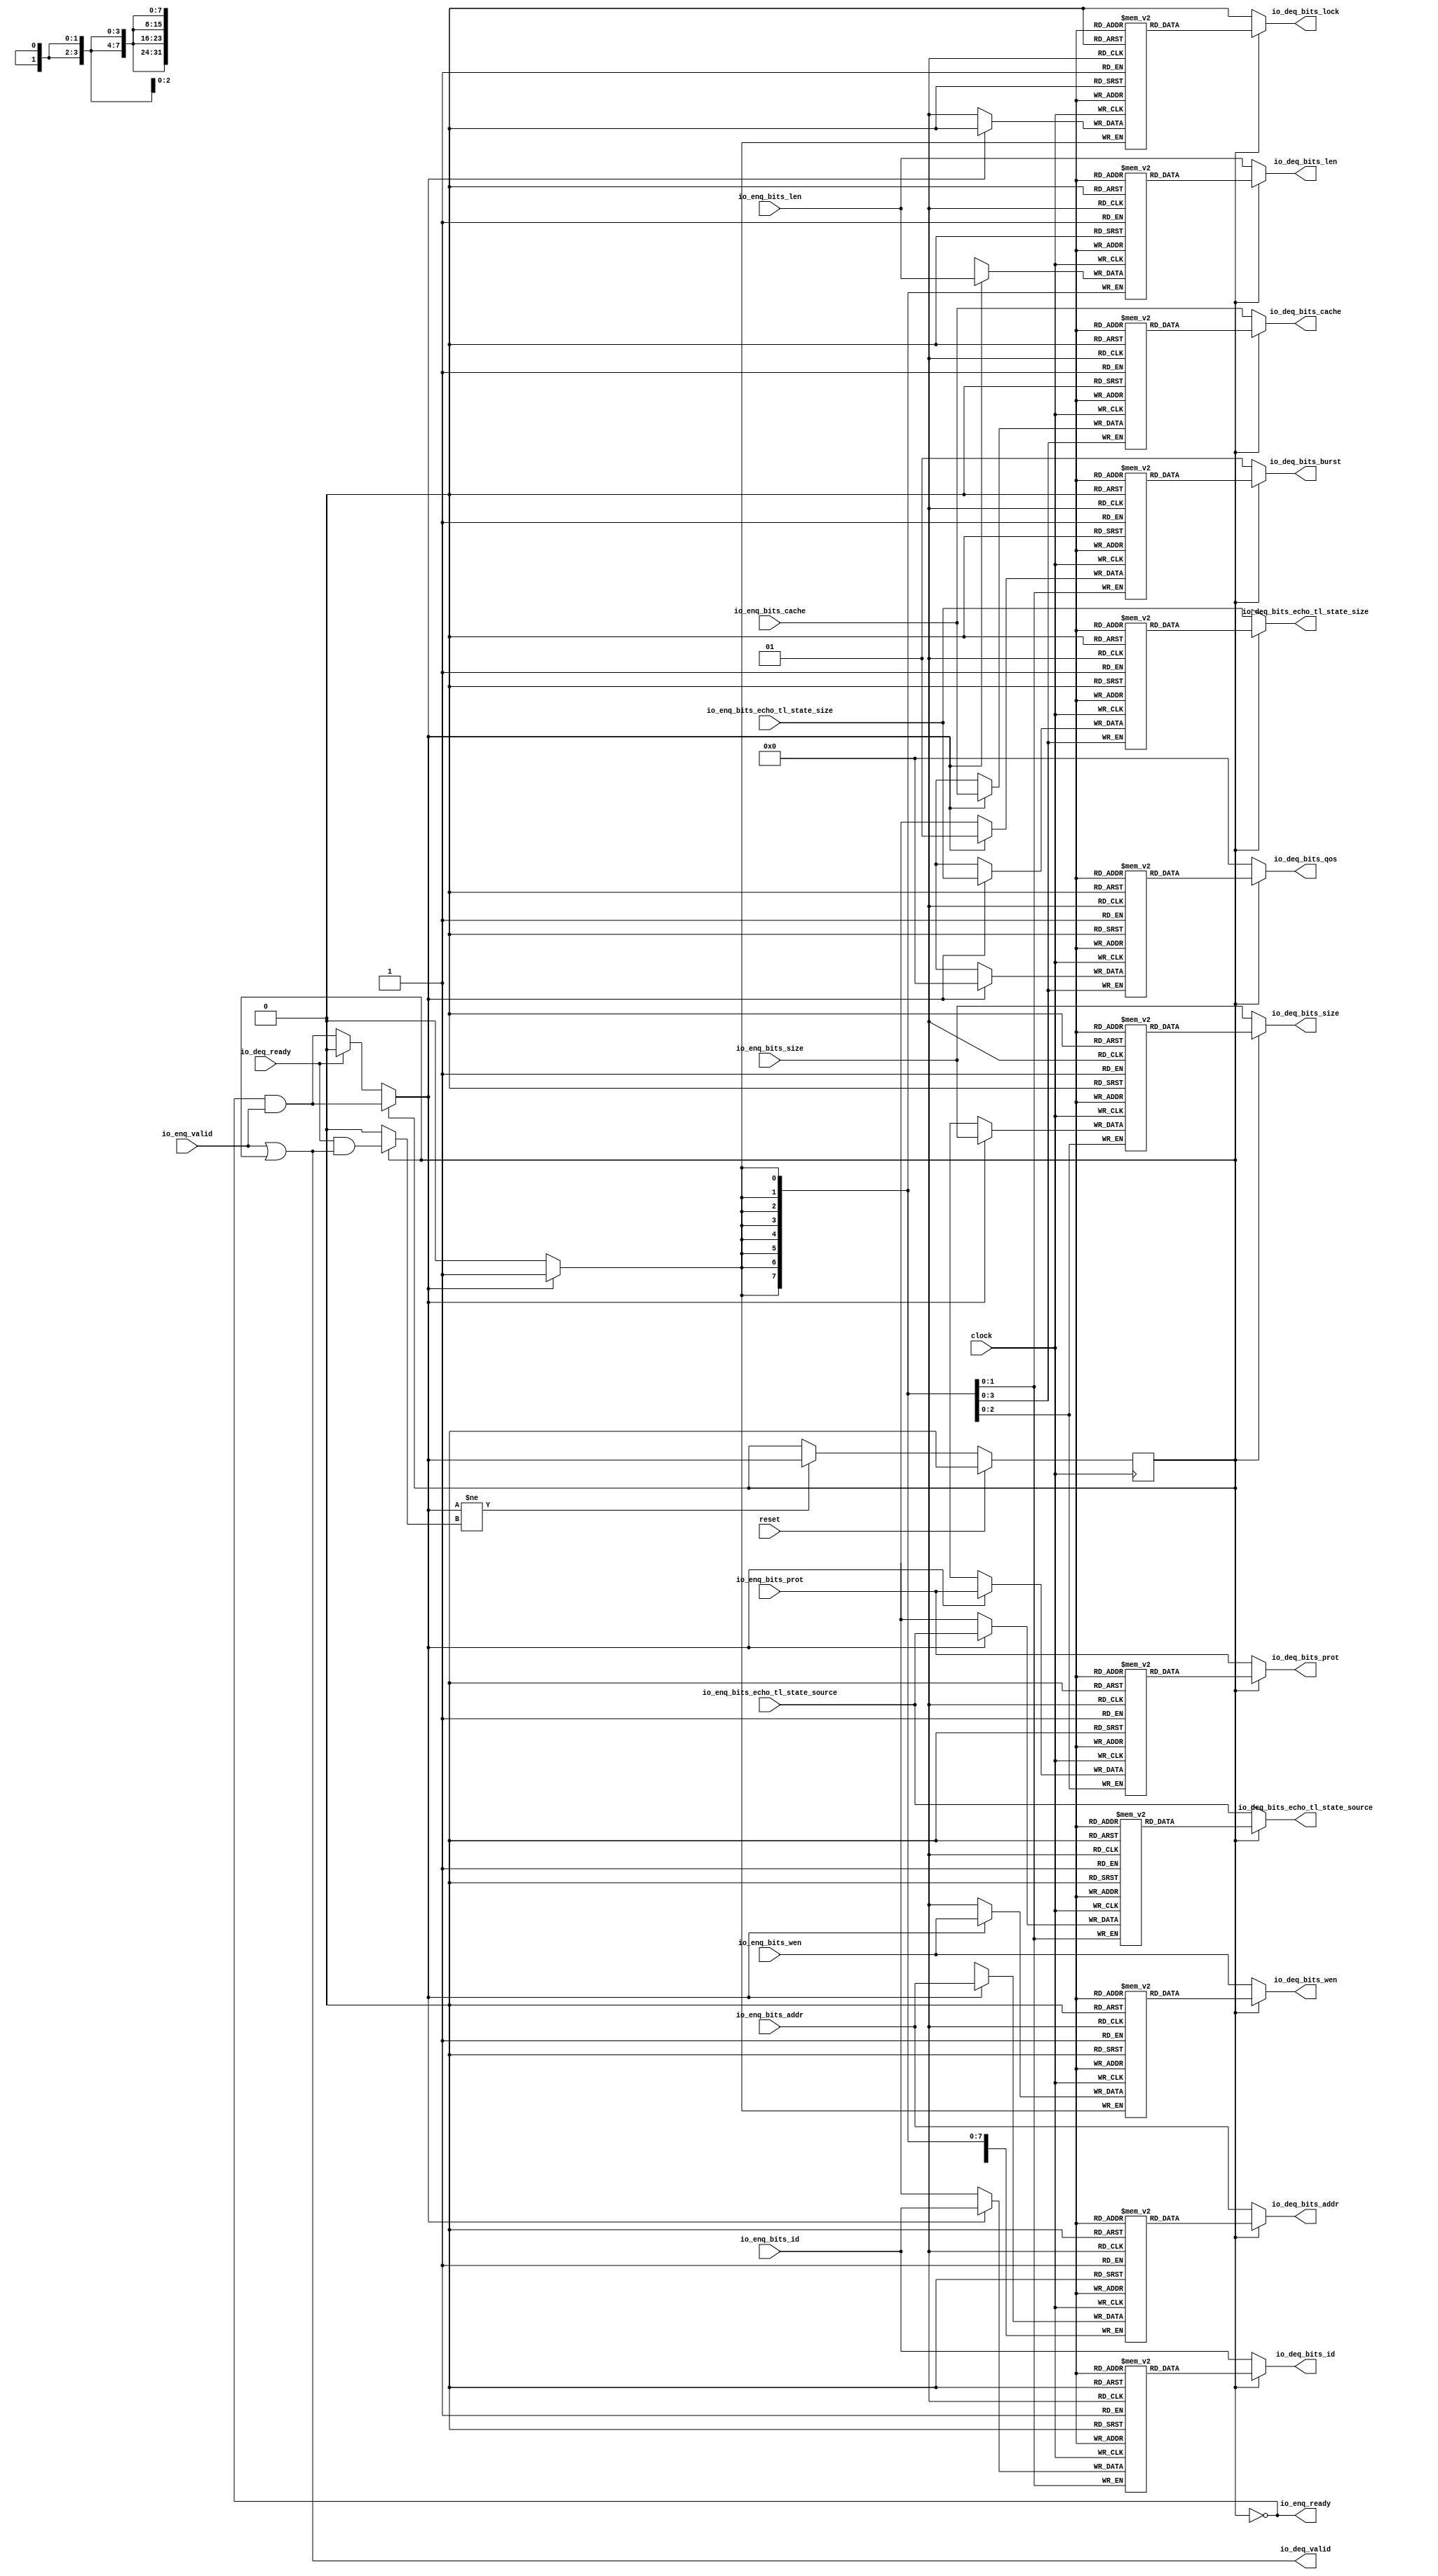
module Queue_27( // @[:freechips.rocketchip.system.DefaultRV32Config.fir@73951.2]
  input         clock, // @[:freechips.rocketchip.system.DefaultRV32Config.fir@73952.4]
  input         reset, // @[:freechips.rocketchip.system.DefaultRV32Config.fir@73953.4]
  output        io_enq_ready, // @[:freechips.rocketchip.system.DefaultRV32Config.fir@73954.4]
  input         io_enq_valid, // @[:freechips.rocketchip.system.DefaultRV32Config.fir@73954.4]
  input  [1:0]  io_enq_bits_id, // @[:freechips.rocketchip.system.DefaultRV32Config.fir@73954.4]
  input  [31:0] io_enq_bits_addr, // @[:freechips.rocketchip.system.DefaultRV32Config.fir@73954.4]
  input  [7:0]  io_enq_bits_len, // @[:freechips.rocketchip.system.DefaultRV32Config.fir@73954.4]
  input  [2:0]  io_enq_bits_size, // @[:freechips.rocketchip.system.DefaultRV32Config.fir@73954.4]
  input  [3:0]  io_enq_bits_cache, // @[:freechips.rocketchip.system.DefaultRV32Config.fir@73954.4]
  input  [2:0]  io_enq_bits_prot, // @[:freechips.rocketchip.system.DefaultRV32Config.fir@73954.4]
  input  [3:0]  io_enq_bits_echo_tl_state_size, // @[:freechips.rocketchip.system.DefaultRV32Config.fir@73954.4]
  input  [1:0]  io_enq_bits_echo_tl_state_source, // @[:freechips.rocketchip.system.DefaultRV32Config.fir@73954.4]
  input         io_enq_bits_wen, // @[:freechips.rocketchip.system.DefaultRV32Config.fir@73954.4]
  input         io_deq_ready, // @[:freechips.rocketchip.system.DefaultRV32Config.fir@73954.4]
  output        io_deq_valid, // @[:freechips.rocketchip.system.DefaultRV32Config.fir@73954.4]
  output [1:0]  io_deq_bits_id, // @[:freechips.rocketchip.system.DefaultRV32Config.fir@73954.4]
  output [31:0] io_deq_bits_addr, // @[:freechips.rocketchip.system.DefaultRV32Config.fir@73954.4]
  output [7:0]  io_deq_bits_len, // @[:freechips.rocketchip.system.DefaultRV32Config.fir@73954.4]
  output [2:0]  io_deq_bits_size, // @[:freechips.rocketchip.system.DefaultRV32Config.fir@73954.4]
  output [1:0]  io_deq_bits_burst, // @[:freechips.rocketchip.system.DefaultRV32Config.fir@73954.4]
  output        io_deq_bits_lock, // @[:freechips.rocketchip.system.DefaultRV32Config.fir@73954.4]
  output [3:0]  io_deq_bits_cache, // @[:freechips.rocketchip.system.DefaultRV32Config.fir@73954.4]
  output [2:0]  io_deq_bits_prot, // @[:freechips.rocketchip.system.DefaultRV32Config.fir@73954.4]
  output [3:0]  io_deq_bits_qos, // @[:freechips.rocketchip.system.DefaultRV32Config.fir@73954.4]
  output [3:0]  io_deq_bits_echo_tl_state_size, // @[:freechips.rocketchip.system.DefaultRV32Config.fir@73954.4]
  output [1:0]  io_deq_bits_echo_tl_state_source, // @[:freechips.rocketchip.system.DefaultRV32Config.fir@73954.4]
  output        io_deq_bits_wen // @[:freechips.rocketchip.system.DefaultRV32Config.fir@73954.4]
);
`ifdef RANDOMIZE_MEM_INIT
  reg [31:0] _RAND_0;
  reg [31:0] _RAND_1;
  reg [31:0] _RAND_2;
  reg [31:0] _RAND_3;
  reg [31:0] _RAND_4;
  reg [31:0] _RAND_5;
  reg [31:0] _RAND_6;
  reg [31:0] _RAND_7;
  reg [31:0] _RAND_8;
  reg [31:0] _RAND_9;
  reg [31:0] _RAND_10;
  reg [31:0] _RAND_11;
`endif // RANDOMIZE_MEM_INIT
`ifdef RANDOMIZE_REG_INIT
  reg [31:0] _RAND_12;
`endif // RANDOMIZE_REG_INIT
  reg [1:0] ram_id [0:0]; // @[Decoupled.scala 209:16:freechips.rocketchip.system.DefaultRV32Config.fir@73956.4]
  wire [1:0] ram_id__T_7_data; // @[Decoupled.scala 209:16:freechips.rocketchip.system.DefaultRV32Config.fir@73956.4]
  wire  ram_id__T_7_addr; // @[Decoupled.scala 209:16:freechips.rocketchip.system.DefaultRV32Config.fir@73956.4]
  wire [1:0] ram_id__T_3_data; // @[Decoupled.scala 209:16:freechips.rocketchip.system.DefaultRV32Config.fir@73956.4]
  wire  ram_id__T_3_addr; // @[Decoupled.scala 209:16:freechips.rocketchip.system.DefaultRV32Config.fir@73956.4]
  wire  ram_id__T_3_mask; // @[Decoupled.scala 209:16:freechips.rocketchip.system.DefaultRV32Config.fir@73956.4]
  wire  ram_id__T_3_en; // @[Decoupled.scala 209:16:freechips.rocketchip.system.DefaultRV32Config.fir@73956.4]
  reg [31:0] ram_addr [0:0]; // @[Decoupled.scala 209:16:freechips.rocketchip.system.DefaultRV32Config.fir@73956.4]
  wire [31:0] ram_addr__T_7_data; // @[Decoupled.scala 209:16:freechips.rocketchip.system.DefaultRV32Config.fir@73956.4]
  wire  ram_addr__T_7_addr; // @[Decoupled.scala 209:16:freechips.rocketchip.system.DefaultRV32Config.fir@73956.4]
  wire [31:0] ram_addr__T_3_data; // @[Decoupled.scala 209:16:freechips.rocketchip.system.DefaultRV32Config.fir@73956.4]
  wire  ram_addr__T_3_addr; // @[Decoupled.scala 209:16:freechips.rocketchip.system.DefaultRV32Config.fir@73956.4]
  wire  ram_addr__T_3_mask; // @[Decoupled.scala 209:16:freechips.rocketchip.system.DefaultRV32Config.fir@73956.4]
  wire  ram_addr__T_3_en; // @[Decoupled.scala 209:16:freechips.rocketchip.system.DefaultRV32Config.fir@73956.4]
  reg [7:0] ram_len [0:0]; // @[Decoupled.scala 209:16:freechips.rocketchip.system.DefaultRV32Config.fir@73956.4]
  wire [7:0] ram_len__T_7_data; // @[Decoupled.scala 209:16:freechips.rocketchip.system.DefaultRV32Config.fir@73956.4]
  wire  ram_len__T_7_addr; // @[Decoupled.scala 209:16:freechips.rocketchip.system.DefaultRV32Config.fir@73956.4]
  wire [7:0] ram_len__T_3_data; // @[Decoupled.scala 209:16:freechips.rocketchip.system.DefaultRV32Config.fir@73956.4]
  wire  ram_len__T_3_addr; // @[Decoupled.scala 209:16:freechips.rocketchip.system.DefaultRV32Config.fir@73956.4]
  wire  ram_len__T_3_mask; // @[Decoupled.scala 209:16:freechips.rocketchip.system.DefaultRV32Config.fir@73956.4]
  wire  ram_len__T_3_en; // @[Decoupled.scala 209:16:freechips.rocketchip.system.DefaultRV32Config.fir@73956.4]
  reg [2:0] ram_size [0:0]; // @[Decoupled.scala 209:16:freechips.rocketchip.system.DefaultRV32Config.fir@73956.4]
  wire [2:0] ram_size__T_7_data; // @[Decoupled.scala 209:16:freechips.rocketchip.system.DefaultRV32Config.fir@73956.4]
  wire  ram_size__T_7_addr; // @[Decoupled.scala 209:16:freechips.rocketchip.system.DefaultRV32Config.fir@73956.4]
  wire [2:0] ram_size__T_3_data; // @[Decoupled.scala 209:16:freechips.rocketchip.system.DefaultRV32Config.fir@73956.4]
  wire  ram_size__T_3_addr; // @[Decoupled.scala 209:16:freechips.rocketchip.system.DefaultRV32Config.fir@73956.4]
  wire  ram_size__T_3_mask; // @[Decoupled.scala 209:16:freechips.rocketchip.system.DefaultRV32Config.fir@73956.4]
  wire  ram_size__T_3_en; // @[Decoupled.scala 209:16:freechips.rocketchip.system.DefaultRV32Config.fir@73956.4]
  reg [1:0] ram_burst [0:0]; // @[Decoupled.scala 209:16:freechips.rocketchip.system.DefaultRV32Config.fir@73956.4]
  wire [1:0] ram_burst__T_7_data; // @[Decoupled.scala 209:16:freechips.rocketchip.system.DefaultRV32Config.fir@73956.4]
  wire  ram_burst__T_7_addr; // @[Decoupled.scala 209:16:freechips.rocketchip.system.DefaultRV32Config.fir@73956.4]
  wire [1:0] ram_burst__T_3_data; // @[Decoupled.scala 209:16:freechips.rocketchip.system.DefaultRV32Config.fir@73956.4]
  wire  ram_burst__T_3_addr; // @[Decoupled.scala 209:16:freechips.rocketchip.system.DefaultRV32Config.fir@73956.4]
  wire  ram_burst__T_3_mask; // @[Decoupled.scala 209:16:freechips.rocketchip.system.DefaultRV32Config.fir@73956.4]
  wire  ram_burst__T_3_en; // @[Decoupled.scala 209:16:freechips.rocketchip.system.DefaultRV32Config.fir@73956.4]
  reg  ram_lock [0:0]; // @[Decoupled.scala 209:16:freechips.rocketchip.system.DefaultRV32Config.fir@73956.4]
  wire  ram_lock__T_7_data; // @[Decoupled.scala 209:16:freechips.rocketchip.system.DefaultRV32Config.fir@73956.4]
  wire  ram_lock__T_7_addr; // @[Decoupled.scala 209:16:freechips.rocketchip.system.DefaultRV32Config.fir@73956.4]
  wire  ram_lock__T_3_data; // @[Decoupled.scala 209:16:freechips.rocketchip.system.DefaultRV32Config.fir@73956.4]
  wire  ram_lock__T_3_addr; // @[Decoupled.scala 209:16:freechips.rocketchip.system.DefaultRV32Config.fir@73956.4]
  wire  ram_lock__T_3_mask; // @[Decoupled.scala 209:16:freechips.rocketchip.system.DefaultRV32Config.fir@73956.4]
  wire  ram_lock__T_3_en; // @[Decoupled.scala 209:16:freechips.rocketchip.system.DefaultRV32Config.fir@73956.4]
  reg [3:0] ram_cache [0:0]; // @[Decoupled.scala 209:16:freechips.rocketchip.system.DefaultRV32Config.fir@73956.4]
  wire [3:0] ram_cache__T_7_data; // @[Decoupled.scala 209:16:freechips.rocketchip.system.DefaultRV32Config.fir@73956.4]
  wire  ram_cache__T_7_addr; // @[Decoupled.scala 209:16:freechips.rocketchip.system.DefaultRV32Config.fir@73956.4]
  wire [3:0] ram_cache__T_3_data; // @[Decoupled.scala 209:16:freechips.rocketchip.system.DefaultRV32Config.fir@73956.4]
  wire  ram_cache__T_3_addr; // @[Decoupled.scala 209:16:freechips.rocketchip.system.DefaultRV32Config.fir@73956.4]
  wire  ram_cache__T_3_mask; // @[Decoupled.scala 209:16:freechips.rocketchip.system.DefaultRV32Config.fir@73956.4]
  wire  ram_cache__T_3_en; // @[Decoupled.scala 209:16:freechips.rocketchip.system.DefaultRV32Config.fir@73956.4]
  reg [2:0] ram_prot [0:0]; // @[Decoupled.scala 209:16:freechips.rocketchip.system.DefaultRV32Config.fir@73956.4]
  wire [2:0] ram_prot__T_7_data; // @[Decoupled.scala 209:16:freechips.rocketchip.system.DefaultRV32Config.fir@73956.4]
  wire  ram_prot__T_7_addr; // @[Decoupled.scala 209:16:freechips.rocketchip.system.DefaultRV32Config.fir@73956.4]
  wire [2:0] ram_prot__T_3_data; // @[Decoupled.scala 209:16:freechips.rocketchip.system.DefaultRV32Config.fir@73956.4]
  wire  ram_prot__T_3_addr; // @[Decoupled.scala 209:16:freechips.rocketchip.system.DefaultRV32Config.fir@73956.4]
  wire  ram_prot__T_3_mask; // @[Decoupled.scala 209:16:freechips.rocketchip.system.DefaultRV32Config.fir@73956.4]
  wire  ram_prot__T_3_en; // @[Decoupled.scala 209:16:freechips.rocketchip.system.DefaultRV32Config.fir@73956.4]
  reg [3:0] ram_qos [0:0]; // @[Decoupled.scala 209:16:freechips.rocketchip.system.DefaultRV32Config.fir@73956.4]
  wire [3:0] ram_qos__T_7_data; // @[Decoupled.scala 209:16:freechips.rocketchip.system.DefaultRV32Config.fir@73956.4]
  wire  ram_qos__T_7_addr; // @[Decoupled.scala 209:16:freechips.rocketchip.system.DefaultRV32Config.fir@73956.4]
  wire [3:0] ram_qos__T_3_data; // @[Decoupled.scala 209:16:freechips.rocketchip.system.DefaultRV32Config.fir@73956.4]
  wire  ram_qos__T_3_addr; // @[Decoupled.scala 209:16:freechips.rocketchip.system.DefaultRV32Config.fir@73956.4]
  wire  ram_qos__T_3_mask; // @[Decoupled.scala 209:16:freechips.rocketchip.system.DefaultRV32Config.fir@73956.4]
  wire  ram_qos__T_3_en; // @[Decoupled.scala 209:16:freechips.rocketchip.system.DefaultRV32Config.fir@73956.4]
  reg [3:0] ram_echo_tl_state_size [0:0]; // @[Decoupled.scala 209:16:freechips.rocketchip.system.DefaultRV32Config.fir@73956.4]
  wire [3:0] ram_echo_tl_state_size__T_7_data; // @[Decoupled.scala 209:16:freechips.rocketchip.system.DefaultRV32Config.fir@73956.4]
  wire  ram_echo_tl_state_size__T_7_addr; // @[Decoupled.scala 209:16:freechips.rocketchip.system.DefaultRV32Config.fir@73956.4]
  wire [3:0] ram_echo_tl_state_size__T_3_data; // @[Decoupled.scala 209:16:freechips.rocketchip.system.DefaultRV32Config.fir@73956.4]
  wire  ram_echo_tl_state_size__T_3_addr; // @[Decoupled.scala 209:16:freechips.rocketchip.system.DefaultRV32Config.fir@73956.4]
  wire  ram_echo_tl_state_size__T_3_mask; // @[Decoupled.scala 209:16:freechips.rocketchip.system.DefaultRV32Config.fir@73956.4]
  wire  ram_echo_tl_state_size__T_3_en; // @[Decoupled.scala 209:16:freechips.rocketchip.system.DefaultRV32Config.fir@73956.4]
  reg [1:0] ram_echo_tl_state_source [0:0]; // @[Decoupled.scala 209:16:freechips.rocketchip.system.DefaultRV32Config.fir@73956.4]
  wire [1:0] ram_echo_tl_state_source__T_7_data; // @[Decoupled.scala 209:16:freechips.rocketchip.system.DefaultRV32Config.fir@73956.4]
  wire  ram_echo_tl_state_source__T_7_addr; // @[Decoupled.scala 209:16:freechips.rocketchip.system.DefaultRV32Config.fir@73956.4]
  wire [1:0] ram_echo_tl_state_source__T_3_data; // @[Decoupled.scala 209:16:freechips.rocketchip.system.DefaultRV32Config.fir@73956.4]
  wire  ram_echo_tl_state_source__T_3_addr; // @[Decoupled.scala 209:16:freechips.rocketchip.system.DefaultRV32Config.fir@73956.4]
  wire  ram_echo_tl_state_source__T_3_mask; // @[Decoupled.scala 209:16:freechips.rocketchip.system.DefaultRV32Config.fir@73956.4]
  wire  ram_echo_tl_state_source__T_3_en; // @[Decoupled.scala 209:16:freechips.rocketchip.system.DefaultRV32Config.fir@73956.4]
  reg  ram_wen [0:0]; // @[Decoupled.scala 209:16:freechips.rocketchip.system.DefaultRV32Config.fir@73956.4]
  wire  ram_wen__T_7_data; // @[Decoupled.scala 209:16:freechips.rocketchip.system.DefaultRV32Config.fir@73956.4]
  wire  ram_wen__T_7_addr; // @[Decoupled.scala 209:16:freechips.rocketchip.system.DefaultRV32Config.fir@73956.4]
  wire  ram_wen__T_3_data; // @[Decoupled.scala 209:16:freechips.rocketchip.system.DefaultRV32Config.fir@73956.4]
  wire  ram_wen__T_3_addr; // @[Decoupled.scala 209:16:freechips.rocketchip.system.DefaultRV32Config.fir@73956.4]
  wire  ram_wen__T_3_mask; // @[Decoupled.scala 209:16:freechips.rocketchip.system.DefaultRV32Config.fir@73956.4]
  wire  ram_wen__T_3_en; // @[Decoupled.scala 209:16:freechips.rocketchip.system.DefaultRV32Config.fir@73956.4]
  reg  maybe_full; // @[Decoupled.scala 212:27:freechips.rocketchip.system.DefaultRV32Config.fir@73957.4]
  wire  empty; // @[Decoupled.scala 215:28:freechips.rocketchip.system.DefaultRV32Config.fir@73959.4]
  wire  _T_1; // @[Decoupled.scala 40:37:freechips.rocketchip.system.DefaultRV32Config.fir@73962.4]
  wire  _T_2; // @[Decoupled.scala 40:37:freechips.rocketchip.system.DefaultRV32Config.fir@73965.4]
  wire  _GEN_18; // @[Decoupled.scala 240:27:freechips.rocketchip.system.DefaultRV32Config.fir@74023.6]
  wire  do_enq; // @[Decoupled.scala 237:18:freechips.rocketchip.system.DefaultRV32Config.fir@74009.4]
  wire  do_deq; // @[Decoupled.scala 237:18:freechips.rocketchip.system.DefaultRV32Config.fir@74009.4]
  wire  _T_4; // @[Decoupled.scala 227:16:freechips.rocketchip.system.DefaultRV32Config.fir@73985.4]
  wire  _T_5; // @[Decoupled.scala 231:19:freechips.rocketchip.system.DefaultRV32Config.fir@73989.4]
  assign ram_id__T_7_addr = 1'h0;
  assign ram_id__T_7_data = ram_id[ram_id__T_7_addr]; // @[Decoupled.scala 209:16:freechips.rocketchip.system.DefaultRV32Config.fir@73956.4]
  assign ram_id__T_3_data = io_enq_bits_id;
  assign ram_id__T_3_addr = 1'h0;
  assign ram_id__T_3_mask = 1'h1;
  assign ram_id__T_3_en = empty ? _GEN_18 : _T_1;
  assign ram_addr__T_7_addr = 1'h0;
  assign ram_addr__T_7_data = ram_addr[ram_addr__T_7_addr]; // @[Decoupled.scala 209:16:freechips.rocketchip.system.DefaultRV32Config.fir@73956.4]
  assign ram_addr__T_3_data = io_enq_bits_addr;
  assign ram_addr__T_3_addr = 1'h0;
  assign ram_addr__T_3_mask = 1'h1;
  assign ram_addr__T_3_en = empty ? _GEN_18 : _T_1;
  assign ram_len__T_7_addr = 1'h0;
  assign ram_len__T_7_data = ram_len[ram_len__T_7_addr]; // @[Decoupled.scala 209:16:freechips.rocketchip.system.DefaultRV32Config.fir@73956.4]
  assign ram_len__T_3_data = io_enq_bits_len;
  assign ram_len__T_3_addr = 1'h0;
  assign ram_len__T_3_mask = 1'h1;
  assign ram_len__T_3_en = empty ? _GEN_18 : _T_1;
  assign ram_size__T_7_addr = 1'h0;
  assign ram_size__T_7_data = ram_size[ram_size__T_7_addr]; // @[Decoupled.scala 209:16:freechips.rocketchip.system.DefaultRV32Config.fir@73956.4]
  assign ram_size__T_3_data = io_enq_bits_size;
  assign ram_size__T_3_addr = 1'h0;
  assign ram_size__T_3_mask = 1'h1;
  assign ram_size__T_3_en = empty ? _GEN_18 : _T_1;
  assign ram_burst__T_7_addr = 1'h0;
  assign ram_burst__T_7_data = ram_burst[ram_burst__T_7_addr]; // @[Decoupled.scala 209:16:freechips.rocketchip.system.DefaultRV32Config.fir@73956.4]
  assign ram_burst__T_3_data = 2'h1;
  assign ram_burst__T_3_addr = 1'h0;
  assign ram_burst__T_3_mask = 1'h1;
  assign ram_burst__T_3_en = empty ? _GEN_18 : _T_1;
  assign ram_lock__T_7_addr = 1'h0;
  assign ram_lock__T_7_data = ram_lock[ram_lock__T_7_addr]; // @[Decoupled.scala 209:16:freechips.rocketchip.system.DefaultRV32Config.fir@73956.4]
  assign ram_lock__T_3_data = 1'h0;
  assign ram_lock__T_3_addr = 1'h0;
  assign ram_lock__T_3_mask = 1'h1;
  assign ram_lock__T_3_en = empty ? _GEN_18 : _T_1;
  assign ram_cache__T_7_addr = 1'h0;
  assign ram_cache__T_7_data = ram_cache[ram_cache__T_7_addr]; // @[Decoupled.scala 209:16:freechips.rocketchip.system.DefaultRV32Config.fir@73956.4]
  assign ram_cache__T_3_data = io_enq_bits_cache;
  assign ram_cache__T_3_addr = 1'h0;
  assign ram_cache__T_3_mask = 1'h1;
  assign ram_cache__T_3_en = empty ? _GEN_18 : _T_1;
  assign ram_prot__T_7_addr = 1'h0;
  assign ram_prot__T_7_data = ram_prot[ram_prot__T_7_addr]; // @[Decoupled.scala 209:16:freechips.rocketchip.system.DefaultRV32Config.fir@73956.4]
  assign ram_prot__T_3_data = io_enq_bits_prot;
  assign ram_prot__T_3_addr = 1'h0;
  assign ram_prot__T_3_mask = 1'h1;
  assign ram_prot__T_3_en = empty ? _GEN_18 : _T_1;
  assign ram_qos__T_7_addr = 1'h0;
  assign ram_qos__T_7_data = ram_qos[ram_qos__T_7_addr]; // @[Decoupled.scala 209:16:freechips.rocketchip.system.DefaultRV32Config.fir@73956.4]
  assign ram_qos__T_3_data = 4'h0;
  assign ram_qos__T_3_addr = 1'h0;
  assign ram_qos__T_3_mask = 1'h1;
  assign ram_qos__T_3_en = empty ? _GEN_18 : _T_1;
  assign ram_echo_tl_state_size__T_7_addr = 1'h0;
  assign ram_echo_tl_state_size__T_7_data = ram_echo_tl_state_size[ram_echo_tl_state_size__T_7_addr]; // @[Decoupled.scala 209:16:freechips.rocketchip.system.DefaultRV32Config.fir@73956.4]
  assign ram_echo_tl_state_size__T_3_data = io_enq_bits_echo_tl_state_size;
  assign ram_echo_tl_state_size__T_3_addr = 1'h0;
  assign ram_echo_tl_state_size__T_3_mask = 1'h1;
  assign ram_echo_tl_state_size__T_3_en = empty ? _GEN_18 : _T_1;
  assign ram_echo_tl_state_source__T_7_addr = 1'h0;
  assign ram_echo_tl_state_source__T_7_data = ram_echo_tl_state_source[ram_echo_tl_state_source__T_7_addr]; // @[Decoupled.scala 209:16:freechips.rocketchip.system.DefaultRV32Config.fir@73956.4]
  assign ram_echo_tl_state_source__T_3_data = io_enq_bits_echo_tl_state_source;
  assign ram_echo_tl_state_source__T_3_addr = 1'h0;
  assign ram_echo_tl_state_source__T_3_mask = 1'h1;
  assign ram_echo_tl_state_source__T_3_en = empty ? _GEN_18 : _T_1;
  assign ram_wen__T_7_addr = 1'h0;
  assign ram_wen__T_7_data = ram_wen[ram_wen__T_7_addr]; // @[Decoupled.scala 209:16:freechips.rocketchip.system.DefaultRV32Config.fir@73956.4]
  assign ram_wen__T_3_data = io_enq_bits_wen;
  assign ram_wen__T_3_addr = 1'h0;
  assign ram_wen__T_3_mask = 1'h1;
  assign ram_wen__T_3_en = empty ? _GEN_18 : _T_1;
  assign empty = ~maybe_full; // @[Decoupled.scala 215:28:freechips.rocketchip.system.DefaultRV32Config.fir@73959.4]
  assign _T_1 = io_enq_ready & io_enq_valid; // @[Decoupled.scala 40:37:freechips.rocketchip.system.DefaultRV32Config.fir@73962.4]
  assign _T_2 = io_deq_ready & io_deq_valid; // @[Decoupled.scala 40:37:freechips.rocketchip.system.DefaultRV32Config.fir@73965.4]
  assign _GEN_18 = io_deq_ready ? 1'h0 : _T_1; // @[Decoupled.scala 240:27:freechips.rocketchip.system.DefaultRV32Config.fir@74023.6]
  assign do_enq = empty ? _GEN_18 : _T_1; // @[Decoupled.scala 237:18:freechips.rocketchip.system.DefaultRV32Config.fir@74009.4]
  assign do_deq = empty ? 1'h0 : _T_2; // @[Decoupled.scala 237:18:freechips.rocketchip.system.DefaultRV32Config.fir@74009.4]
  assign _T_4 = do_enq != do_deq; // @[Decoupled.scala 227:16:freechips.rocketchip.system.DefaultRV32Config.fir@73985.4]
  assign _T_5 = ~empty; // @[Decoupled.scala 231:19:freechips.rocketchip.system.DefaultRV32Config.fir@73989.4]
  assign io_enq_ready = ~maybe_full; // @[Decoupled.scala 232:16:freechips.rocketchip.system.DefaultRV32Config.fir@73992.4]
  assign io_deq_valid = io_enq_valid | _T_5; // @[Decoupled.scala 231:16:freechips.rocketchip.system.DefaultRV32Config.fir@73990.4 Decoupled.scala 236:40:freechips.rocketchip.system.DefaultRV32Config.fir@74007.6]
  assign io_deq_bits_id = empty ? io_enq_bits_id : ram_id__T_7_data; // @[Decoupled.scala 233:15:freechips.rocketchip.system.DefaultRV32Config.fir@74005.4 Decoupled.scala 238:19:freechips.rocketchip.system.DefaultRV32Config.fir@74021.6]
  assign io_deq_bits_addr = empty ? io_enq_bits_addr : ram_addr__T_7_data; // @[Decoupled.scala 233:15:freechips.rocketchip.system.DefaultRV32Config.fir@74004.4 Decoupled.scala 238:19:freechips.rocketchip.system.DefaultRV32Config.fir@74020.6]
  assign io_deq_bits_len = empty ? io_enq_bits_len : ram_len__T_7_data; // @[Decoupled.scala 233:15:freechips.rocketchip.system.DefaultRV32Config.fir@74003.4 Decoupled.scala 238:19:freechips.rocketchip.system.DefaultRV32Config.fir@74019.6]
  assign io_deq_bits_size = empty ? io_enq_bits_size : ram_size__T_7_data; // @[Decoupled.scala 233:15:freechips.rocketchip.system.DefaultRV32Config.fir@74002.4 Decoupled.scala 238:19:freechips.rocketchip.system.DefaultRV32Config.fir@74018.6]
  assign io_deq_bits_burst = empty ? 2'h1 : ram_burst__T_7_data; // @[Decoupled.scala 233:15:freechips.rocketchip.system.DefaultRV32Config.fir@74001.4 Decoupled.scala 238:19:freechips.rocketchip.system.DefaultRV32Config.fir@74017.6]
  assign io_deq_bits_lock = empty ? 1'h0 : ram_lock__T_7_data; // @[Decoupled.scala 233:15:freechips.rocketchip.system.DefaultRV32Config.fir@74000.4 Decoupled.scala 238:19:freechips.rocketchip.system.DefaultRV32Config.fir@74016.6]
  assign io_deq_bits_cache = empty ? io_enq_bits_cache : ram_cache__T_7_data; // @[Decoupled.scala 233:15:freechips.rocketchip.system.DefaultRV32Config.fir@73999.4 Decoupled.scala 238:19:freechips.rocketchip.system.DefaultRV32Config.fir@74015.6]
  assign io_deq_bits_prot = empty ? io_enq_bits_prot : ram_prot__T_7_data; // @[Decoupled.scala 233:15:freechips.rocketchip.system.DefaultRV32Config.fir@73998.4 Decoupled.scala 238:19:freechips.rocketchip.system.DefaultRV32Config.fir@74014.6]
  assign io_deq_bits_qos = empty ? 4'h0 : ram_qos__T_7_data; // @[Decoupled.scala 233:15:freechips.rocketchip.system.DefaultRV32Config.fir@73997.4 Decoupled.scala 238:19:freechips.rocketchip.system.DefaultRV32Config.fir@74013.6]
  assign io_deq_bits_echo_tl_state_size = empty ? io_enq_bits_echo_tl_state_size : ram_echo_tl_state_size__T_7_data; // @[Decoupled.scala 233:15:freechips.rocketchip.system.DefaultRV32Config.fir@73996.4 Decoupled.scala 238:19:freechips.rocketchip.system.DefaultRV32Config.fir@74012.6]
  assign io_deq_bits_echo_tl_state_source = empty ? io_enq_bits_echo_tl_state_source : ram_echo_tl_state_source__T_7_data; // @[Decoupled.scala 233:15:freechips.rocketchip.system.DefaultRV32Config.fir@73995.4 Decoupled.scala 238:19:freechips.rocketchip.system.DefaultRV32Config.fir@74011.6]
  assign io_deq_bits_wen = empty ? io_enq_bits_wen : ram_wen__T_7_data; // @[Decoupled.scala 233:15:freechips.rocketchip.system.DefaultRV32Config.fir@73994.4 Decoupled.scala 238:19:freechips.rocketchip.system.DefaultRV32Config.fir@74010.6]
`ifdef RANDOMIZE_GARBAGE_ASSIGN
`define RANDOMIZE
`endif
`ifdef RANDOMIZE_INVALID_ASSIGN
`define RANDOMIZE
`endif
`ifdef RANDOMIZE_REG_INIT
`define RANDOMIZE
`endif
`ifdef RANDOMIZE_MEM_INIT
`define RANDOMIZE
`endif
`ifndef RANDOM
`define RANDOM $random
`endif
`ifdef RANDOMIZE_MEM_INIT
  integer initvar;
`endif
`ifndef SYNTHESIS
`ifdef FIRRTL_BEFORE_INITIAL
`FIRRTL_BEFORE_INITIAL
`endif
initial begin
  `ifdef RANDOMIZE
    `ifdef INIT_RANDOM
      `INIT_RANDOM
    `endif
    `ifndef VERILATOR
      `ifdef RANDOMIZE_DELAY
        #`RANDOMIZE_DELAY begin end
      `else
        #0.002 begin end
      `endif
    `endif
`ifdef RANDOMIZE_MEM_INIT
  _RAND_0 = {1{`RANDOM}};
  for (initvar = 0; initvar < 1; initvar = initvar+1)
    ram_id[initvar] = _RAND_0[1:0];
  _RAND_1 = {1{`RANDOM}};
  for (initvar = 0; initvar < 1; initvar = initvar+1)
    ram_addr[initvar] = _RAND_1[31:0];
  _RAND_2 = {1{`RANDOM}};
  for (initvar = 0; initvar < 1; initvar = initvar+1)
    ram_len[initvar] = _RAND_2[7:0];
  _RAND_3 = {1{`RANDOM}};
  for (initvar = 0; initvar < 1; initvar = initvar+1)
    ram_size[initvar] = _RAND_3[2:0];
  _RAND_4 = {1{`RANDOM}};
  for (initvar = 0; initvar < 1; initvar = initvar+1)
    ram_burst[initvar] = _RAND_4[1:0];
  _RAND_5 = {1{`RANDOM}};
  for (initvar = 0; initvar < 1; initvar = initvar+1)
    ram_lock[initvar] = _RAND_5[0:0];
  _RAND_6 = {1{`RANDOM}};
  for (initvar = 0; initvar < 1; initvar = initvar+1)
    ram_cache[initvar] = _RAND_6[3:0];
  _RAND_7 = {1{`RANDOM}};
  for (initvar = 0; initvar < 1; initvar = initvar+1)
    ram_prot[initvar] = _RAND_7[2:0];
  _RAND_8 = {1{`RANDOM}};
  for (initvar = 0; initvar < 1; initvar = initvar+1)
    ram_qos[initvar] = _RAND_8[3:0];
  _RAND_9 = {1{`RANDOM}};
  for (initvar = 0; initvar < 1; initvar = initvar+1)
    ram_echo_tl_state_size[initvar] = _RAND_9[3:0];
  _RAND_10 = {1{`RANDOM}};
  for (initvar = 0; initvar < 1; initvar = initvar+1)
    ram_echo_tl_state_source[initvar] = _RAND_10[1:0];
  _RAND_11 = {1{`RANDOM}};
  for (initvar = 0; initvar < 1; initvar = initvar+1)
    ram_wen[initvar] = _RAND_11[0:0];
`endif // RANDOMIZE_MEM_INIT
`ifdef RANDOMIZE_REG_INIT
  _RAND_12 = {1{`RANDOM}};
  maybe_full = _RAND_12[0:0];
`endif // RANDOMIZE_REG_INIT
  `endif // RANDOMIZE
end // initial
`ifdef FIRRTL_AFTER_INITIAL
`FIRRTL_AFTER_INITIAL
`endif
`endif // SYNTHESIS
  always @(posedge clock) begin
    if(ram_id__T_3_en & ram_id__T_3_mask) begin
      ram_id[ram_id__T_3_addr] <= ram_id__T_3_data; // @[Decoupled.scala 209:16:freechips.rocketchip.system.DefaultRV32Config.fir@73956.4]
    end
    if(ram_addr__T_3_en & ram_addr__T_3_mask) begin
      ram_addr[ram_addr__T_3_addr] <= ram_addr__T_3_data; // @[Decoupled.scala 209:16:freechips.rocketchip.system.DefaultRV32Config.fir@73956.4]
    end
    if(ram_len__T_3_en & ram_len__T_3_mask) begin
      ram_len[ram_len__T_3_addr] <= ram_len__T_3_data; // @[Decoupled.scala 209:16:freechips.rocketchip.system.DefaultRV32Config.fir@73956.4]
    end
    if(ram_size__T_3_en & ram_size__T_3_mask) begin
      ram_size[ram_size__T_3_addr] <= ram_size__T_3_data; // @[Decoupled.scala 209:16:freechips.rocketchip.system.DefaultRV32Config.fir@73956.4]
    end
    if(ram_burst__T_3_en & ram_burst__T_3_mask) begin
      ram_burst[ram_burst__T_3_addr] <= ram_burst__T_3_data; // @[Decoupled.scala 209:16:freechips.rocketchip.system.DefaultRV32Config.fir@73956.4]
    end
    if(ram_lock__T_3_en & ram_lock__T_3_mask) begin
      ram_lock[ram_lock__T_3_addr] <= ram_lock__T_3_data; // @[Decoupled.scala 209:16:freechips.rocketchip.system.DefaultRV32Config.fir@73956.4]
    end
    if(ram_cache__T_3_en & ram_cache__T_3_mask) begin
      ram_cache[ram_cache__T_3_addr] <= ram_cache__T_3_data; // @[Decoupled.scala 209:16:freechips.rocketchip.system.DefaultRV32Config.fir@73956.4]
    end
    if(ram_prot__T_3_en & ram_prot__T_3_mask) begin
      ram_prot[ram_prot__T_3_addr] <= ram_prot__T_3_data; // @[Decoupled.scala 209:16:freechips.rocketchip.system.DefaultRV32Config.fir@73956.4]
    end
    if(ram_qos__T_3_en & ram_qos__T_3_mask) begin
      ram_qos[ram_qos__T_3_addr] <= ram_qos__T_3_data; // @[Decoupled.scala 209:16:freechips.rocketchip.system.DefaultRV32Config.fir@73956.4]
    end
    if(ram_echo_tl_state_size__T_3_en & ram_echo_tl_state_size__T_3_mask) begin
      ram_echo_tl_state_size[ram_echo_tl_state_size__T_3_addr] <= ram_echo_tl_state_size__T_3_data; // @[Decoupled.scala 209:16:freechips.rocketchip.system.DefaultRV32Config.fir@73956.4]
    end
    if(ram_echo_tl_state_source__T_3_en & ram_echo_tl_state_source__T_3_mask) begin
      ram_echo_tl_state_source[ram_echo_tl_state_source__T_3_addr] <= ram_echo_tl_state_source__T_3_data; // @[Decoupled.scala 209:16:freechips.rocketchip.system.DefaultRV32Config.fir@73956.4]
    end
    if(ram_wen__T_3_en & ram_wen__T_3_mask) begin
      ram_wen[ram_wen__T_3_addr] <= ram_wen__T_3_data; // @[Decoupled.scala 209:16:freechips.rocketchip.system.DefaultRV32Config.fir@73956.4]
    end
    if (reset) begin
      maybe_full <= 1'h0;
    end else if (_T_4) begin
      if (empty) begin
        if (io_deq_ready) begin
          maybe_full <= 1'h0;
        end else begin
          maybe_full <= _T_1;
        end
      end else begin
        maybe_full <= _T_1;
      end
    end
  end
endmodule